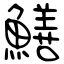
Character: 鱔